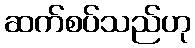
ဆက်စပ်သည်ဟု